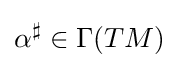
\alpha ^{\sharp }\in \Gamma (TM)